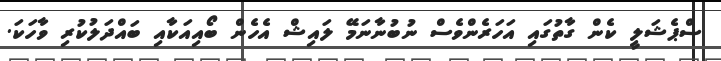
ސްޕެޝަލީ ކެން ގާތުގައި އަހަރެންވެސް ނުބުނާނަމޭ ލައިޝް އެހެން ބޯއިއަކާއި ބައްދަލުކުރި ވާހަކަ.